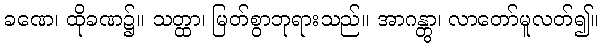
ခဏေ၊ ထိုခဏ၌။ သတ္ထာ၊ မြတ်စွာဘုရားသည်။ အာဂန္တွာ၊ လာတော်မူလတ်၍။